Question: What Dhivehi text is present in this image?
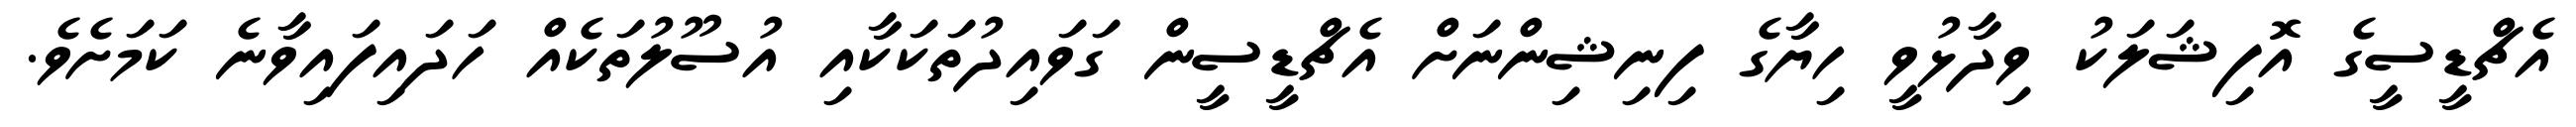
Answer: އެޗްޑީސީގެ އޮފިޝަލަކު ވިދާޅުވީ ހިޔާގެ ފިނިޝިންނަށް އެޗްޑީސީން ގަވައިދުތަކަކާއި އުސޫލުތަކެއް ހަދައިފައިވާނެ ކަމަށެވެ.